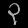
Digit: ၃